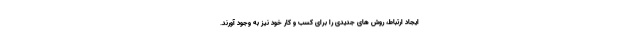
ایجاد ارتباط، روش های جدیدی را برای کسب و کار خود نیز به وجود آورند.